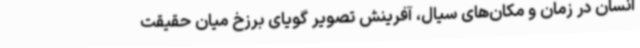
انسان در زمان و مکان‌های سیال، آفرینش تصویر گویای برزخ میان حقیقت